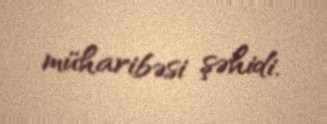
müharibəsi şəhidi.